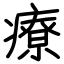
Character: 療